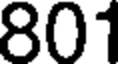
801